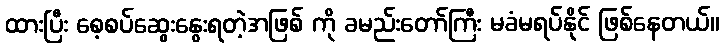
ထားပြီး စေ့စပ်ဆွေးနွေးရတဲ့အဖြစ် ကို ခမည်းတော်ကြီး မခံမရပ်နိုင် ဖြစ်နေတယ်။